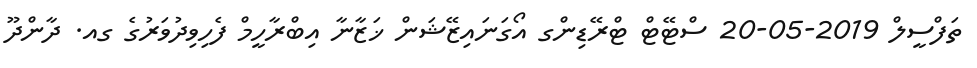
ތަފްސީލް 2019-05-20 ސްޓޭޓް ޓްރޭޑިންގ އޯގަނައިޒޭޝަން ޚަޒާނާ އިބްރާހީމް ފެހިވިދުވަރުގެ ގއ. ދާންދޫ